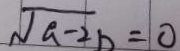
\sqrt { a - 2 b } = 0